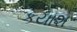
કયાશ